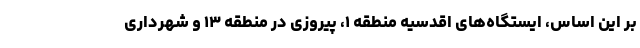
بر این اساس، ایستگاه‌های اقدسیه منطقه ۱، پیروزی در منطقه ۱۳ و شهرداری